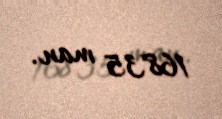
16835 man.